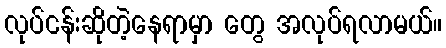
လုပ်ငန်းဆိုတဲ့နေရာမှာ တွေ အလုပ်ရလာမယ်။